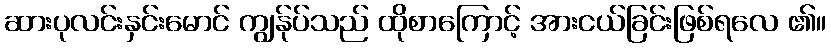
ဆားပုလင်းနှင်းမောင် ကျွန်ုပ်သည် ထိုစာကြောင့် အားငယ်ခြင်းဖြစ်ရလေ ၏။